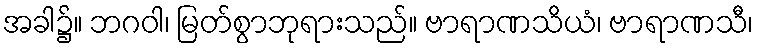
အခါ၌။ ဘဂဝါ၊ မြတ်စွာဘုရားသည်။ ဗာရာဏသိယံ၊ ဗာရာဏသီ၊